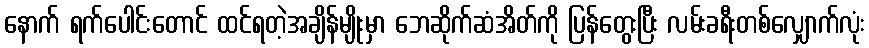
နောက် ရက်ပေါင်းတောင် ထင်ရတဲ့အချိန်မျိုးမှာ ဘေဆိုက်ဆံအိတ်ကို ပြန်တွေးပြီး လမ်းခရီးတစ်လျှောက်လုံး